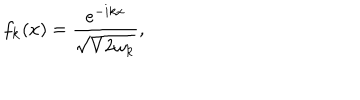
LaTeX: f _ { { \bf k } } ( x ) = \frac { e ^ { - i k x } } { \sqrt { V 2 \omega _ { { \bf k } } } } ,